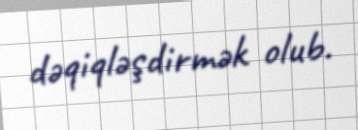
dəqiqləşdirmək olub.